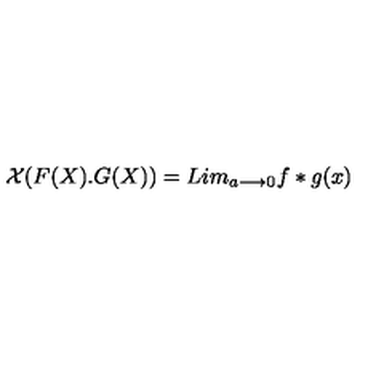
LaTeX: { \cal X } ( F ( X ) . G ( X ) ) = L i m _ { a { \longrightarrow } 0 } f * g ( x )